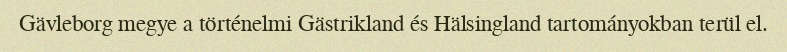
Gävleborg megye a történelmi Gästrikland és Hälsingland tartományokban terül el.